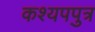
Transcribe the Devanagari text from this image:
कश्यपपुत्र